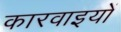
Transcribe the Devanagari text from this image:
कारवाइयों